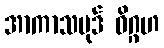
အာကာသပုဒ် ဝိဂ္ဂဟ